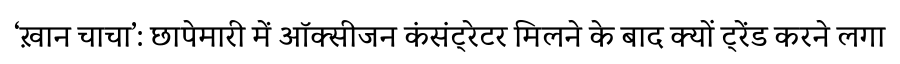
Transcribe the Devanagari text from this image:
‘ख़ान चाचा’: छापेमारी में ऑक्सीजन कंसंट्रेटर मिलने के बाद क्यों ट्रेंड करने लगा